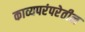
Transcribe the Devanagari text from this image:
काव्यपरंपरेतील